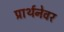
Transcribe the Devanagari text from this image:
प्रार्थनेवर